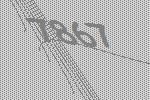
7867